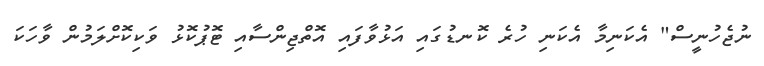
ނުޖެހުނީސް" އެކަނިމާ އެކަނި ހުރެ ކޮނޑުގައި އަޅުވާފައި އޮތްޖިންސާއި ޓޮޕުކޮޅު ވަކިކޮށްލަމުން ވާހަކަ